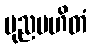
ပုညမဟိတံ